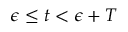
\epsilon \leq t < \epsilon + T